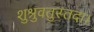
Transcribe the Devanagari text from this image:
शुश्रुवतुस्तदा।